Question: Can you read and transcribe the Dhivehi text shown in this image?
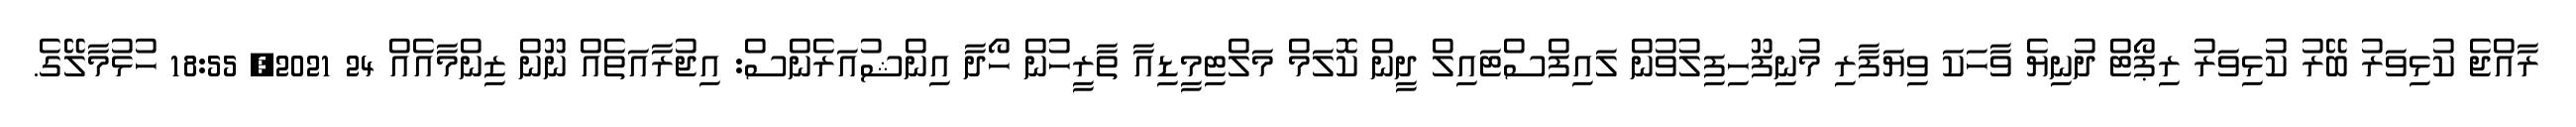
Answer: ރާއްޖެ ކުޅިވަރު ބޭރު ކުޅިވަރު ރިޕޯޓް ދުނިޔެ ވާހަކަ ވިޔަފާރި މުނިފޫހިފިލުވުން ލައިފްސްޓައިލް ދީން ކޮލަމް މަލްޓިމީޑިއާ ތާރީހުން ހޯދާ އިންޝުއަރެންސް: އިޖުރާއަތެއް ނޫން ޒިންމާއެއް 24 2021, 18:55 ހުޅުމާލޭގެ.